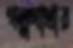
গল্পগাথার